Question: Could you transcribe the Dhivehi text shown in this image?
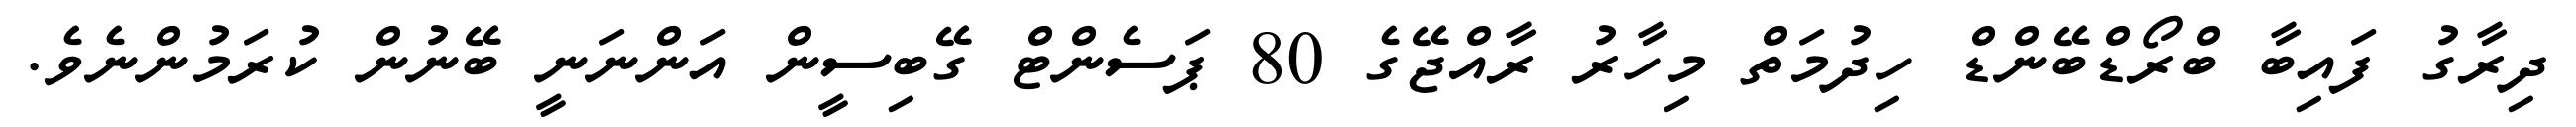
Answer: ދިރާގު ފައިބާ ބްރޯޑްބޭންޑް ހިދުމަތް މިހާރު ރާއްޖޭގެ 80 ޕަސެންޓް ގޭބިސީން އަންނަނީ ބޭނުން ކުރަމުންނެވެ.